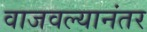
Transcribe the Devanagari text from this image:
वाजवल्यानंतर